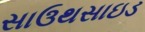
સાઉથસાઇડ